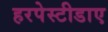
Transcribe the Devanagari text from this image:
हरपेस्टीडाए